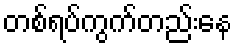
တစ်ရပ်ကွက်တည်းနေ